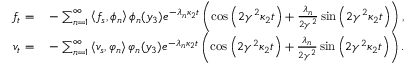
\begin{array} { r l } { f _ { t } = } & { { } - \sum _ { n = 1 } ^ { \infty } \left\langle f _ { s } , \phi _ { n } \right\rangle \phi _ { n } ( y _ { 3 } ) e ^ { - \lambda _ { n } \kappa _ { 2 } t } \left( \cos \left( 2 \gamma ^ { 2 } \kappa _ { 2 } t \right) + \frac { \lambda _ { n } } { 2 \gamma ^ { 2 } } \sin \left( 2 \gamma ^ { 2 } \kappa _ { 2 } t \right) \right) , } \\ { v _ { t } = } & { { } - \sum _ { n = 1 } ^ { \infty } \left\langle v _ { s } , \varphi _ { n } \right\rangle \varphi _ { n } ( y _ { 3 } ) e ^ { - \lambda _ { n } \kappa _ { 2 } t } \left( \cos \left( 2 \gamma ^ { 2 } \kappa _ { 2 } t \right) + \frac { \lambda _ { n } } { 2 \gamma ^ { 2 } } \sin \left( 2 \gamma ^ { 2 } \kappa _ { 2 } t \right) \right) . } \end{array}